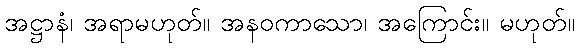
အဋ္ဌာနံ၊ အရာမဟုတ်။ အနဝကာသော၊ အကြောင်း။ မဟုတ်။